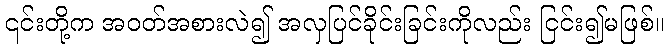
၎င်းတို့က အဝတ်အစားလဲ၍ အလှပြင်ခိုင်းခြင်းကိုလည်း ငြင်း၍မဖြစ်။